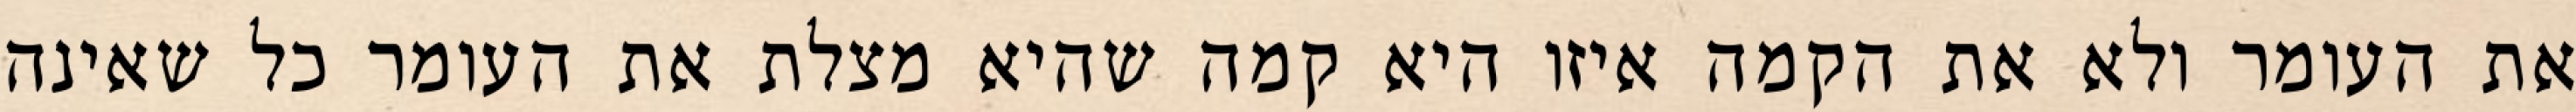
את העומר ולא את הקמה איזו היא קמה שהיא מצלת את העומר כל שאינה